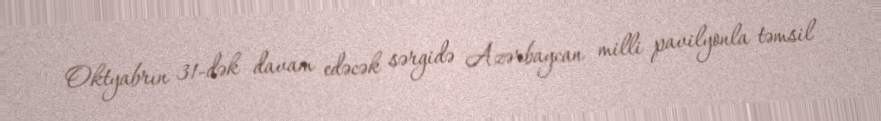
Oktyabrın 31-dək davam edəcək sərgidə Azərbaycan milli pavilyonla təmsil